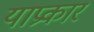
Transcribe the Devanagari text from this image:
याप्रकार